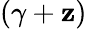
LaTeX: (\gamma+\mathbf{z})